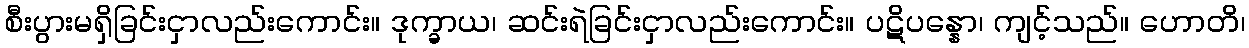
စီးပွားမရှိခြင်းငှာလည်းကောင်း။ ဒုက္ခာယ၊ ဆင်းရဲခြင်းငှာလည်းကောင်း။ ပဋိပန္နော၊ ကျင့်သည်။ ဟောတိ၊